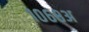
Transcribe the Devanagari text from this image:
१०६८अ